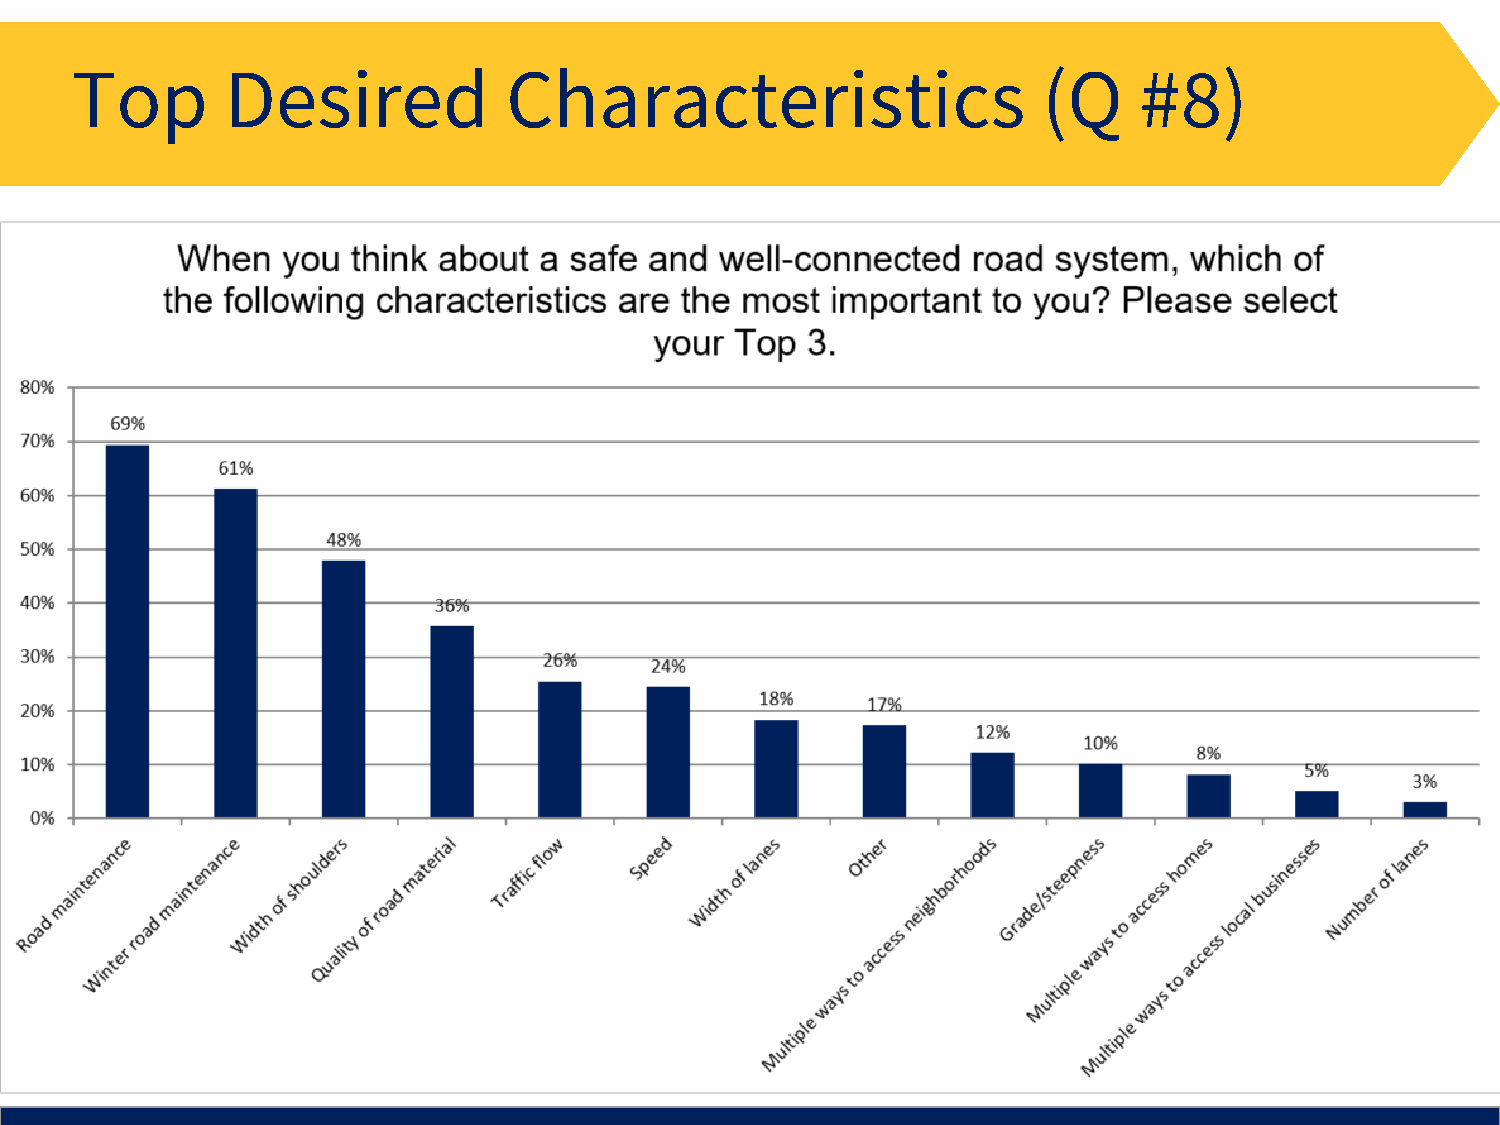
Top       Desired            Characteristics                    (Q    #8)
 28